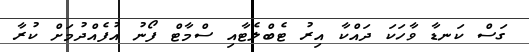
ގަސް ކަނޑާ ވާހަކަ ދައްކާ އިރު ޓެބްލެޓާއި ސްމާޓް ފޯނު އުފެއްދުމަށް ކުރާ